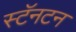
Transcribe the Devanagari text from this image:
स्टॅनटन